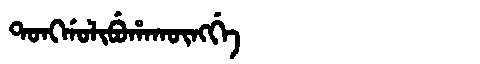
Manchu: ᡨᠣᠩᡤᠣᠯᡳᠪᡠᡥᠠᡴᡡᠩᡤᡝ
Romanization: TONGGOLIBUHAKŪNGGE